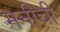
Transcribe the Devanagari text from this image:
मनीची